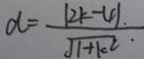
d = \frac { \vert 2 k - 4 \vert . } { \sqrt { 1 + k ^ { 2 } } \cdot }